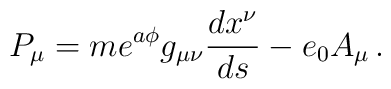
P_{\mu} = m e^{a\phi} g_{\mu\nu} \frac{dx^{\nu}}{ds} - e_0 A_{\mu}\, .